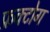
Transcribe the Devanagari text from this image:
फ्रक्टोग